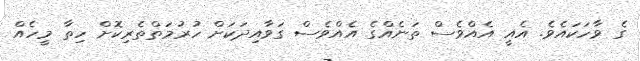
ގެ ވާހަކައެވެ. އެއީ އެއްވެސް ތަނެއްގެ އެއްވެސް ގަވާއިދަކަށް ހުރުމަތްތެރިކޮށް ހިތާ މީހެއް